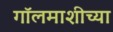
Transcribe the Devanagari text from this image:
गॉलमाशीच्या